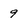
Character: 9